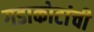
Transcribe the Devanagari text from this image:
गडाकोटांची